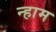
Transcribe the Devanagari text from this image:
न्हाम